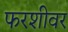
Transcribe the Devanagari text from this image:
फरशीवर